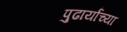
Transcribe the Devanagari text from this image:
पुढार्यांच्या